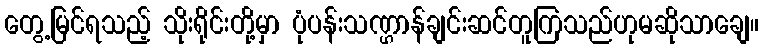
တွေ့မြင်ရသည့် သိုးရိုင်းတို့မှာ ပုံပန်းသဏ္ဌာန်ချင်းဆင်တူကြသည်ဟုမဆိုသာချေ။